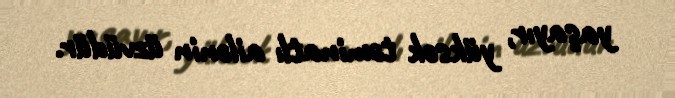
yaşayır, yüksək təminatlı ailənin üzvüdür.